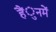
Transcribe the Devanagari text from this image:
हैंुनमें